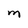
Character: M